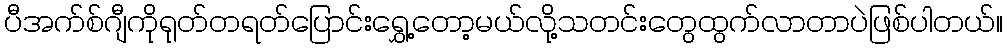
ပီအက်စ်ဂျီကိုရုတ်တရတ်ပြောင်းရွှေ့တော့မယ်လို့သတင်းတွေထွက်လာတာပဲဖြစ်ပါတယ်။